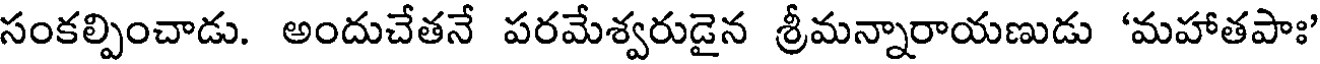
సంకల్పించాడు. అందుచేతనే పరమేశ్వరుడైన శ్రీమన్నారాయణుడు 'మహాతపాః'